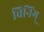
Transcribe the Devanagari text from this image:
विनिंग्